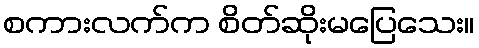
စကားလက်က စိတ်ဆိုးမပြေသေး။